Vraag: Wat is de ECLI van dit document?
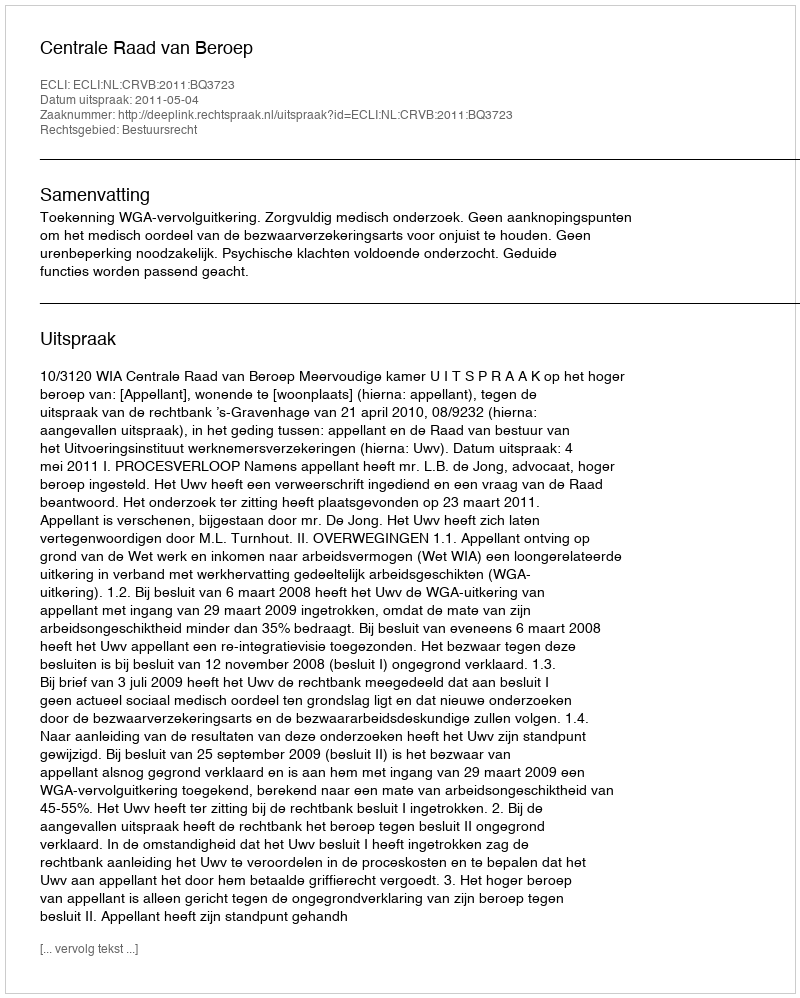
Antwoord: ECLI:NL:CRVB:2011:BQ3723